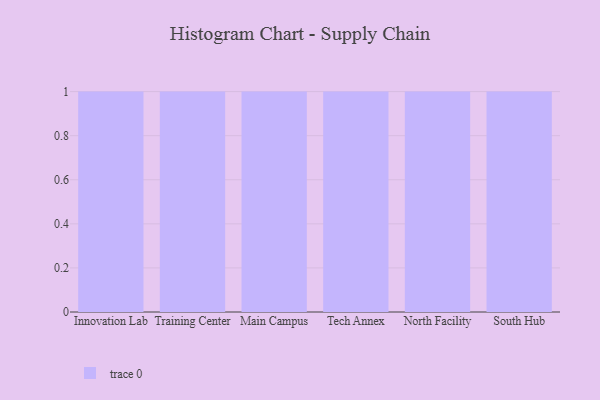
{"axis": {"x": "Campus", "y": "Revenue (USD Million)"}, "legend": [""], "data": [{"x": "Innovation Lab", "y": 78, "type": ""}, {"x": "Training Center", "y": 17, "type": ""}, {"x": "Main Campus", "y": 10, "type": ""}, {"x": "Tech Annex", "y": 55, "type": ""}, {"x": "North Facility", "y": 7, "type": ""}, {"x": "South Hub", "y": 72, "type": ""}]}